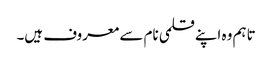
تاہم وہ اپنے قلمی نام سے معروف ہیں۔